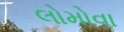
લોમોવા